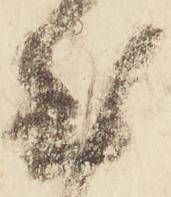
至